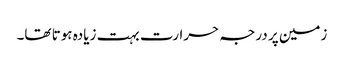
زمین پر درجہ حرارت بہت زیادہ ہوتا تھا۔